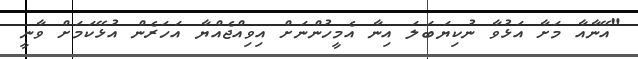
"އޭނާއާ މަށާ އަޅުވާ ނުކިޔަބަލަ އިނާ އެމީހުންނަށް އިވިއްޖެއްޔާ އަހަރެން އުޅޭކަމަށް ވާނީ